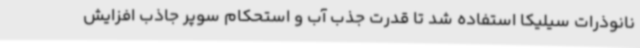
نانوذرات سیلیکا استفاده شد تا قدرت جذب آب و استحکام سوپر جاذب افزایش